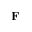
\mathbf { F }